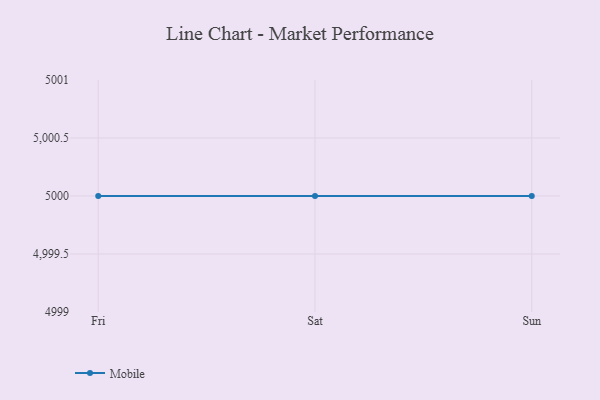
{"axis": {"x": "Day", "y": "Inventory Turnover"}, "legend": ["Mobile"], "data": [{"x": "Fri", "y": 5000, "type": "Mobile"}, {"x": "Sat", "y": 5000, "type": "Mobile"}, {"x": "Sun", "y": 5000, "type": "Mobile"}]}